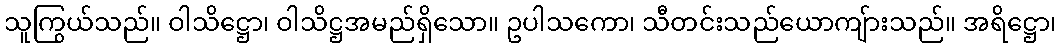
သူကြွယ်သည်။ ဝါသိဋ္ဌော၊ ဝါသိဋ္ဌအမည်ရှိသော။ ဥပါသကော၊ သီတင်းသည်ယောကျ်ားသည်။ အရိဋ္ဌော၊